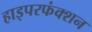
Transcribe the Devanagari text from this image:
हाइपरफंक्शन